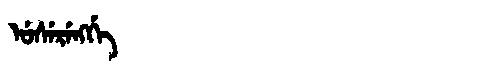
Manchu: ᡠᠰᡝᡵᡝᠩᡤᡝ
Romanization: USERENGGE